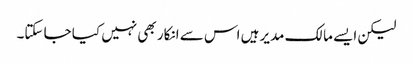
لیکن ایسے مالک مدیر ہیں اس سے انکار بھی نہیں کیا جا سکتا۔